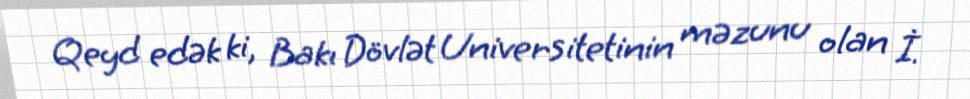
Qeyd edək ki, Bakı Dövlət Universitetinin məzunu olan İ.